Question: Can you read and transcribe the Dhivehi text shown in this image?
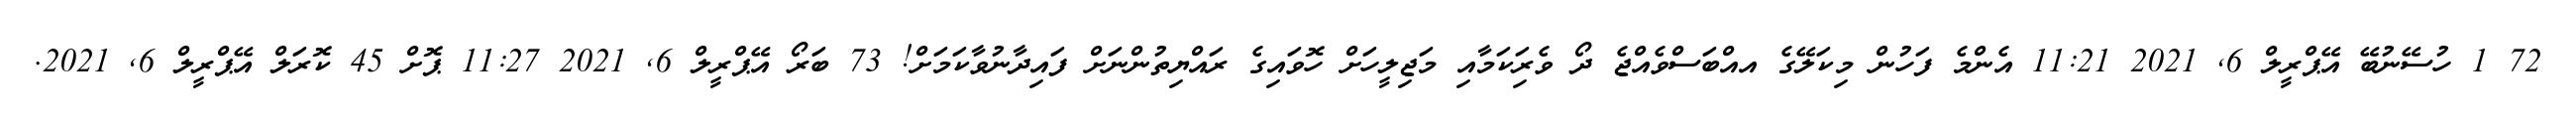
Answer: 72 1 ހުސޭނުބޭ އޭޕްރީލް 6, 2021 11:21 އެންމެ ފަހުން މިކަލޭގެ އއްބަސްވެއްޖެ ދޯ ވެރިަކަމާއި މަޖިލީހަށް ހޮވައިގެ ރައްޔިތުންނަށް ފައިދާނުވާކަމަށް! 73 ބަރޯ އޭޕްރީލް 6, 2021 11:27 ޕޮށް 45 ކޮރަލް އޭޕްރީލް 6, 2021.